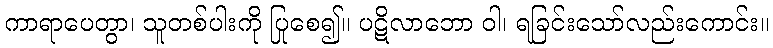
ကာရာပေတွာ၊ သူတစ်ပါးကို ပြုစေ၍။ ပဋိလာဘော ဝါ၊ ရခြင်းသော်လည်းကောင်း။